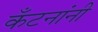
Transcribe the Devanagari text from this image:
कँटनांनी